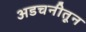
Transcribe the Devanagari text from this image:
अडचनीतून